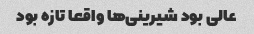
عالی بود شیرینی‌ها واقعا تازه بود